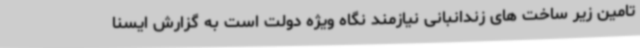
تامین زیر ساخت های زندانبانی نیازمند نگاه ویژه دولت است به گزارش ایسنا